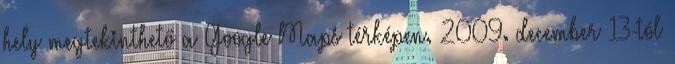
hely megtekinthető a Google Maps térképen. 2009. december 13-tól